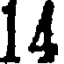
14